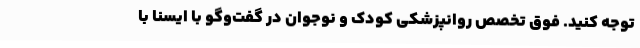
توجه کنید. فوق تخصص روانپزشکی کودک و نوجوان در گفت‌وگو با ایسنا با